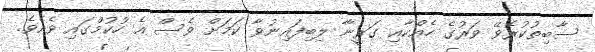
ސާބިތުކުރެވޭ ވަރުގެ ހެއްކާއި ގަރީނާ ލިބިފައިނުވާ ކަމަށް ވެސް އެ ހުކުމްގައި ވެއެވެ.